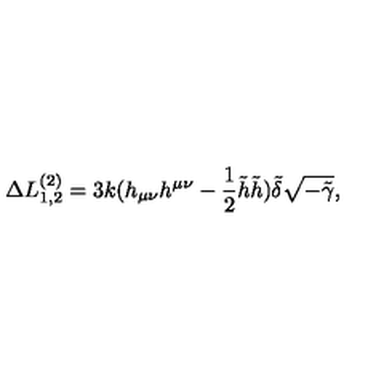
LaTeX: \Delta L _ { 1 , 2 } ^ { ( 2 ) } = 3 k ( h _ { \mu \nu } h ^ { \mu \nu } - \frac { 1 } { 2 } \tilde { h } \tilde { h } ) \tilde { \delta } \sqrt { - \tilde { \gamma } } ,